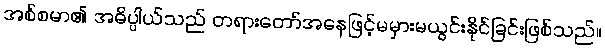
အစ်စမာ၏ အဓိပ္ပါယ်သည် တရားတော်အနေဖြင့်မမှားမယွင်းနိုင်ခြင်းဖြစ်သည်။